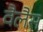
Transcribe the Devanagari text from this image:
वैलैस